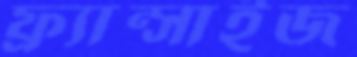
ফ্র্যান্সাইজ